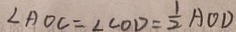
\angle A O C = \angle C O D = \frac { 1 } { 2 } A O D